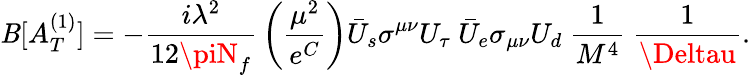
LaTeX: \mathit{B}[A_{T}^{(1)}]=-{\frac{{i\lambda^{2}}}{{12\piN_{f}}}}\left({\frac{{\mu^{2}}}{{e^{C}}}}\right)\bar{{U}}_{s}\sigma^{\mu\nu}U_{\tau}\ \bar{{U}}_{e}\sigma_{\mu\nu}U_{d}\ {\frac{{1}}{{M^{4}}}}\ {\frac{{1}}{{\Deltau}}}.